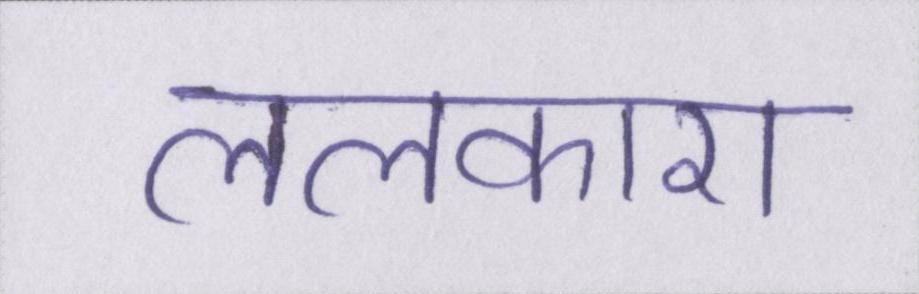
ललकारा